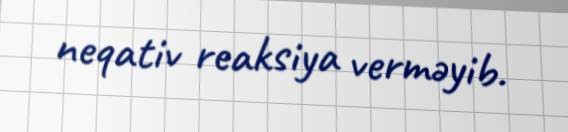
neqativ reaksiya verməyib.